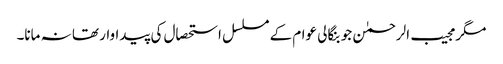
مگر مجیب الرحمٰن جو بنگالی عوام کے مسلسل استحصال کی پیداوار تھا نہ مانا۔